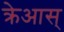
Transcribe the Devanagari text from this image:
क्रेआस्